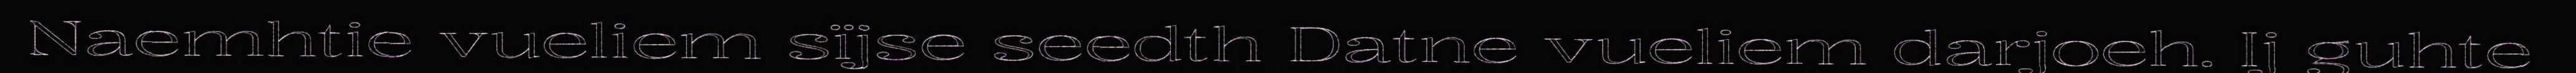
Naemhtie vueliem sïjse seedth Datne vueliem darjoeh. Ij guhte